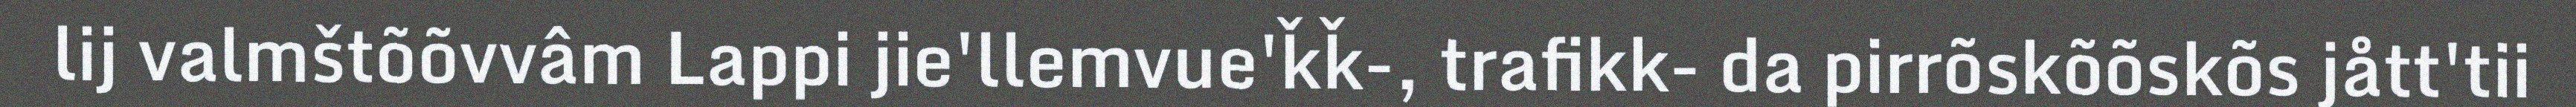
lij valmštõõvvâm Lappi jie'llemvue'ǩǩ-, trafikk- da pirrõskõõskõs jått'tii